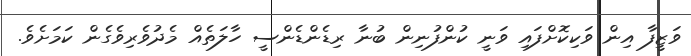
ވަޒީފާ އިން ވަކިކޮށްފައި ވަނީ ކުންފުނިން ބުނާ ރިޑެންޑެންސީ ހާލަތެއް މެދުވެރިވެގެން ކަމަށެވެ.